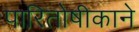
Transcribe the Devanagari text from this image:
पारितोषीकाने